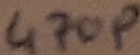
Text: 470p